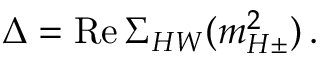
\Delta = \mathrm { R e } \, \Sigma _ { H W } ( m _ { H \pm } ^ { 2 } ) \, .